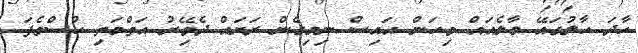
ހާދަ ހާލުގައޭ މާލެއައް ވިހަން އަަަައިސް ނިމިގެން ރަށައް ދެވޭިރު އަތްމަތި ހުސްވެފަ